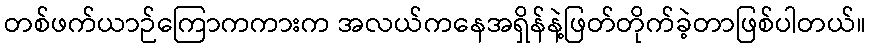
တစ်ဖက်ယာဉ်ကြောကကားက အလယ်ကနေအရှိန်နဲ့ဖြတ်တိုက်ခဲ့တာဖြစ်ပါတယ်။